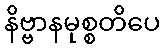
နိဗ္ဗာနမုစ္စတိပေ